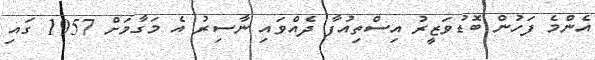
އެންމެ ފަހުން ބޮޑުވަޒީރު އިސްތިއުފާ ދެއްވައި ނާސިރު އެ މަގާމަށް 1957 ގައި